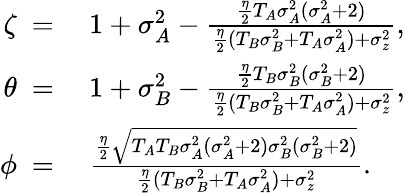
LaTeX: \begin{array}{rl}{\zeta~=}&{~1+\sigma_{A}^{2}-\frac{\frac{\eta}{2}T_{A}\sigma_{A}^{2}(\sigma_{A}^{2}+2)}{\frac{\eta}{2}(T_{B}\sigma_{B}^{2}+T_{A}\sigma_{A}^{2})+\sigma_{z}^{2}},}\\ {\theta~=}&{~1+\sigma_{B}^{2}-\frac{\frac{\eta}{2}T_{B}\sigma_{B}^{2}(\sigma_{B}^{2}+2)}{\frac{\eta}{2}(T_{B}\sigma_{B}^{2}+T_{A}\sigma_{A}^{2})+\sigma_{z}^{2}},}\\ {\phi~=}&{~\frac{\frac{\eta}{2}\sqrt{T_{A}T_{B}\sigma_{A}^{2}(\sigma_{A}^{2}+2)\sigma_{B}^{2}(\sigma_{B}^{2}+2)}}{\frac{\eta}{2}(T_{B}\sigma_{B}^{2}+T_{A}\sigma_{A}^{2})+\sigma_{z}^{2}}.}\end{array}